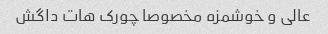
عالی و خوشمزه مخصوصا چورک هات داگش